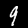
Digit: 9